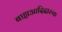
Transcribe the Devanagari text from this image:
बाह्यआदिदारुक